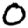
Digit: 0